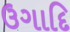
ઉગાદિ